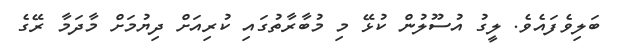
ބަލިވެފައެވެ. ލީގު އުސޫލުން ކުޅޭ މި މުބާރާތުގައި ކުރިއަށް ދިޔުމަށް މާދަމާ ރޭގެ